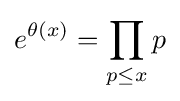
e^{\theta (x)}=\prod _{p\leq x}p